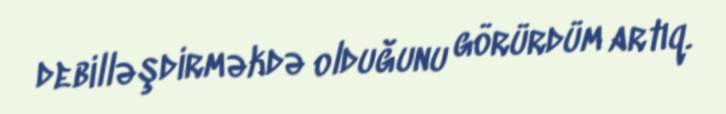
debilləşdirməkdə olduğunu görürdüm artıq.